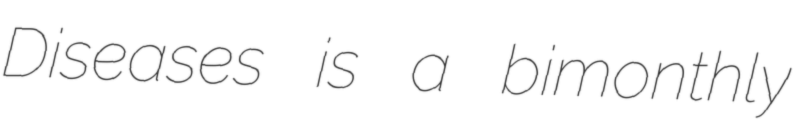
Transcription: Diseases is a bimonthly